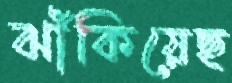
ঝাঁকিয়েছ